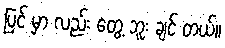
ပြင် မှာ လည်း တွေ့ ဘူး ချင် တယ်။